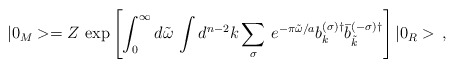
\begin{align*}|0_M>=Z\,\exp\left[{\int_{0}^{\infty} d\tilde{\omega}\,\int d^{n-2}k\sum_{\sigma}\,e^{-\pi\tilde{\omega}/a}b_{k}^{(\sigma)\dagger}\bar{b}_{\tilde{k}}^{(-\sigma)\dagger}}\right]|0_R>\,{,}\end{align*}